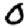
Digit: 0